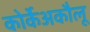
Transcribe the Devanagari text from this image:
कोर्केअकौलू